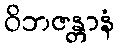
ဝိဘဇန္တာနံ